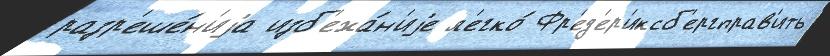
разр'еше́н'иjа изб'ежа́н'иjе л'егко́ Фр'ед'ер'иксб'ергправ'ить